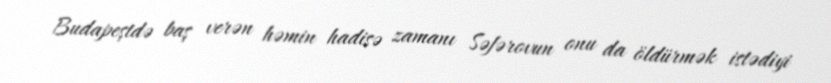
Budapeştdə baş verən həmin hadisə zamanı Səfərovun onu da öldürmək istədiyi